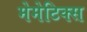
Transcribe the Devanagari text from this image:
मेमेटिक्स